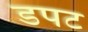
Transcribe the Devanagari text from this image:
डपट